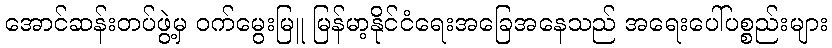
အောင်ဆန်းတပ်ဖွဲ့မှ ဝက်မွေးမြူ မြန်မာ့နိုင်ငံရေးအခြေအနေသည် အရေးပေါ်ပစ္စည်းများ